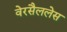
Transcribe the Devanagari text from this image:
वेरसैललेस